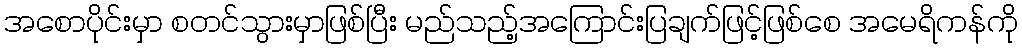
အစောပိုင်းမှာ စတင်သွားမှာဖြစ်ပြီး မည်သည့်အကြောင်းပြချက်ဖြင့်ဖြစ်စေ အမေရိကန်ကို